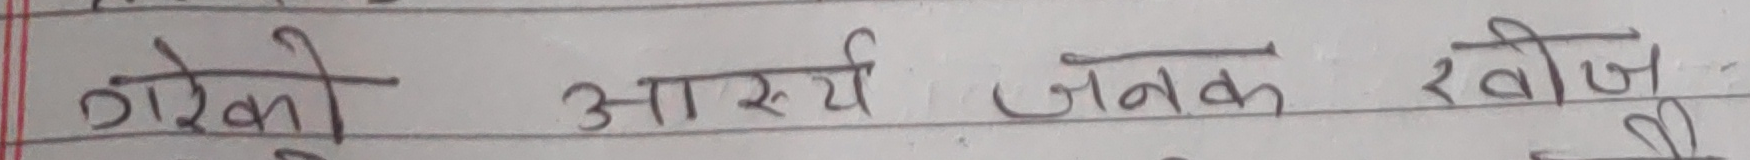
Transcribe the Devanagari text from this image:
गरेको आश्चर्य जनक खोज